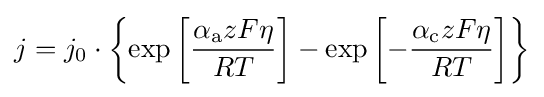
{\displaystyle j=j_{0}\cdot \left\{\exp \left[{\frac {\alpha _{\rm {a}}zF\eta }{RT}}\right]-\exp \left[-{\frac {\alpha _{\rm {c}}zF\eta }{RT}}\right]\right\}}